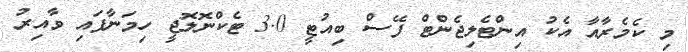
މި ކެމެރާއާ އެކު އިންޓެލިޖެންޓް ފޭސް ބިއުޓީ 3.0 ޓެކްނޮލޮޖީ ހިމަނާފައި ވާއިރު